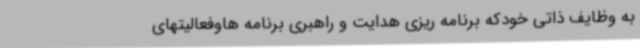
به وظایف ذاتی خودکه برنامه ریزی هدایت و راهبری برنامه هاوفعالیتهای